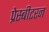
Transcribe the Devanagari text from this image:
प्रेस्बीटरन